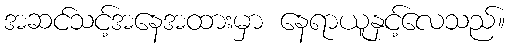
အဆင်သင့်အနေအထားမှာ နေရာယူနှင့်လေသည်။